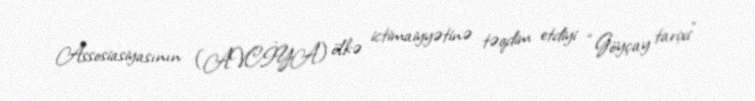
Assosiasiyasının (AVCİYA) ölkə ictimaiyyətinə təqdim etdiyi “Göyçay tarixi”